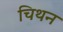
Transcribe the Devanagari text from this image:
चिथन